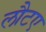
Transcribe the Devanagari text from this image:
लौटए